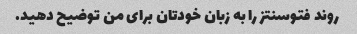
روند فتوسنتز را به زبان خودتان برای من توضیح دهید.